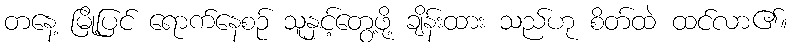
တနေ့ မြို့ပြင် ရောက်နေစဉ် သူနှင့်တွေ့ဖို့ ချိန်းထား သည်ဟု စိတ်ထဲ ထင်လာ၏။